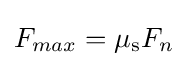
F_{max}=\mu _{\mathrm {s} }F_{n}